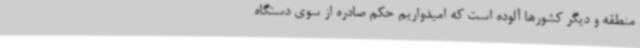
منطقه و دیگر کشورها آلوده است که امیدواریم حکم صادره از سوی دستگاه